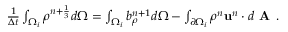
\begin{array} { r } { \frac { 1 } { \Delta t } \int _ { \Omega _ { i } } { \rho } ^ { n + \frac { 1 } { 3 } } d \Omega = \int _ { \Omega _ { i } } b _ { \rho } ^ { n + 1 } d \Omega - \int _ { \partial \Omega _ { i } } \rho ^ { n } \mathbf u ^ { n } \cdot d \textbf { A } . } \end{array}